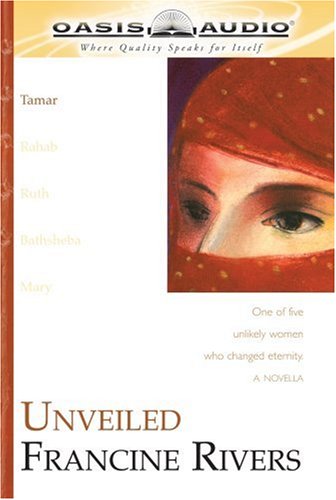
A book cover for Unveiled: Tamar (The Lineage of Grace Series #1); Francine Rivers; Christian Books & Bibles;